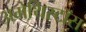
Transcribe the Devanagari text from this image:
अमेथिस्टॉस